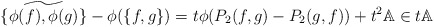
\begin{align*}\widetilde{\{\phi(f) ,\phi(g) \}} - \phi(\{f,g\})= t \phi(P_2(f,g) -P_2(g, f)) +t^2\mathbb{A} \in t\mathbb{A}\end{align*}